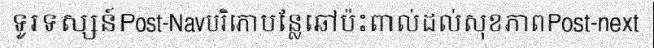
ទូរទស្សន៍Post-Navបរិភោបន្លែឆៅប៉ះពាល់ដល់សុខភាពPost-next